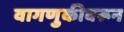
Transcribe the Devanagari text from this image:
वागणुकीवरून